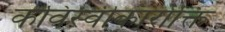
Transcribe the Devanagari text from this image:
कविस्वीकारोक्ति